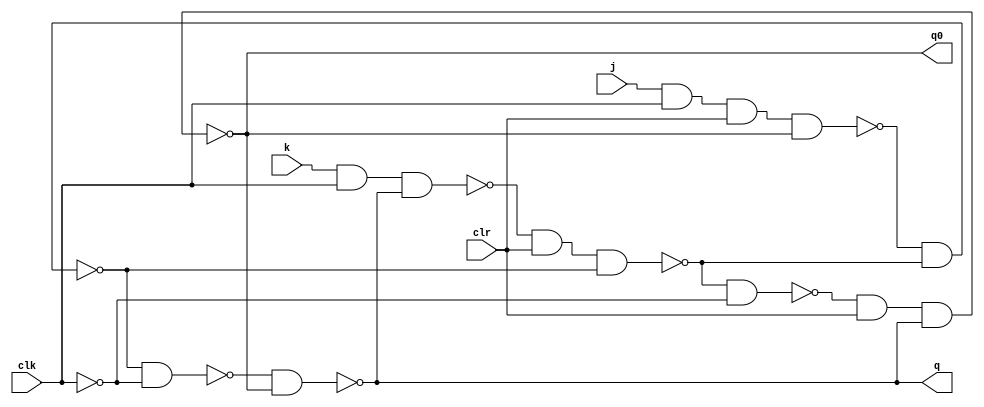
module JK_flip_flop(q, q0, j, k, clk, clr);
	input j, k, clk, clr;
	output q, q0;
	wire nd1, nd2,nd3,nd4,nd5,nd6,nt;

	not(nt,clk);
	nand(nd1,j,clk,clr,q0);
	nand(nd2, k, clk, q);
	nand(nd3, nd1, nd4);
	nand(nd4, nd2, clr, nd3);
	nand(nd5, nd3, nt);
	nand(nd6, nd4, nt);
	nand(q, nd5, q0);
	nand(q0, nd6, clr,q);

endmodule